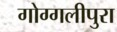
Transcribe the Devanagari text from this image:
गोग्गलीपुरा